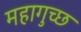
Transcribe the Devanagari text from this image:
महागुच्छ